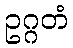
ဥဂ္ဂတံ